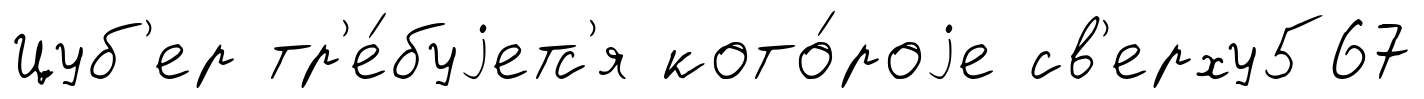
Цуб'ер тр'е́буjетс'я кото́роjе св'ерху567